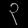
Digit: ၃